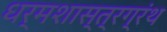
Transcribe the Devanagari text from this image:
धर्मशास्त्रग्रंथ